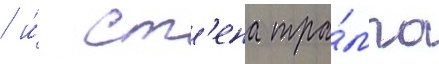
/ и́ ст'ена тра́мпа